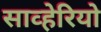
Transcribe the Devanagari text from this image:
साव्हेरियो